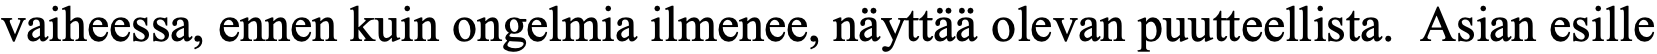
vaiheessa, ennen kuin ongelmia ilmenee, näyttää olevan puutteellista. Asian esille